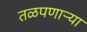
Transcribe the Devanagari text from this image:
तळपणार्‍या